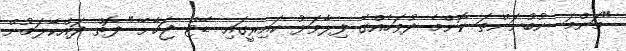
"މަންމަ ނުބުނަންތަ ކޮންމެ ދުވަހެއްގެ ފިލާވަޅު ކައިރީގައި ޑޭޓް ޖަހާށޭ" ފޮތް ދައްކާލަމުން